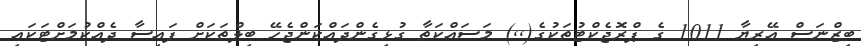
ބިޒްނަސް އޭރިޔާ 1011 ގެ ޕްރޮޖެކްޓުތަކުގެ(